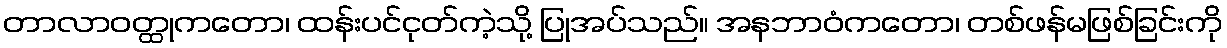
တာလာဝတ္ထုကတော၊ ထန်းပင်ငုတ်ကဲ့သို့ ပြုအပ်သည်။ အနဘာဝံကတော၊ တစ်ဖန်မဖြစ်ခြင်းကို